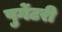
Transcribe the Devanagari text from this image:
पुर्गेटरी